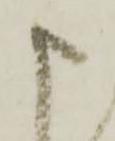
申